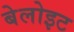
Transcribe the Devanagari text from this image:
बेलोइट